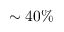
\sim 4 0 \%